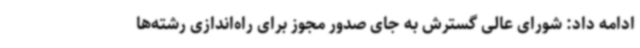
ادامه داد: شورای عالی گسترش به جای صدور مجوز برای راه‌اندازی رشته‌ها